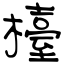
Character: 檯